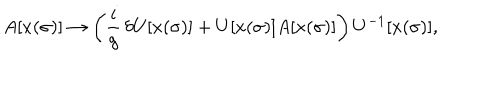
LaTeX: A [ x ( \sigma ) ] \rightarrow \left( \frac { i } { g } \, \delta U [ x ( \sigma ) ] + U [ x ( \sigma ) ] A [ x ( \sigma ) ] \right) U ^ { - 1 } [ x ( \sigma ) ] ,